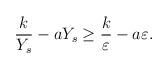
LaTeX: \begin{align*} \begin{gathered} \frac{k}{Y_s}-aY_s\ge\frac{k}{\varepsilon}-a\varepsilon. \end{gathered} \end{align*}